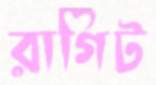
রাগিট